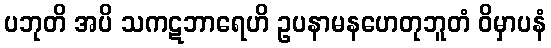
ပဘုတိ အပိ သကဋဘာရေဟိ ဥပနာမနဟေတုဘူတံ ဝိမှာပနံ